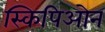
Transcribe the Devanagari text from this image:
स्किपिओन